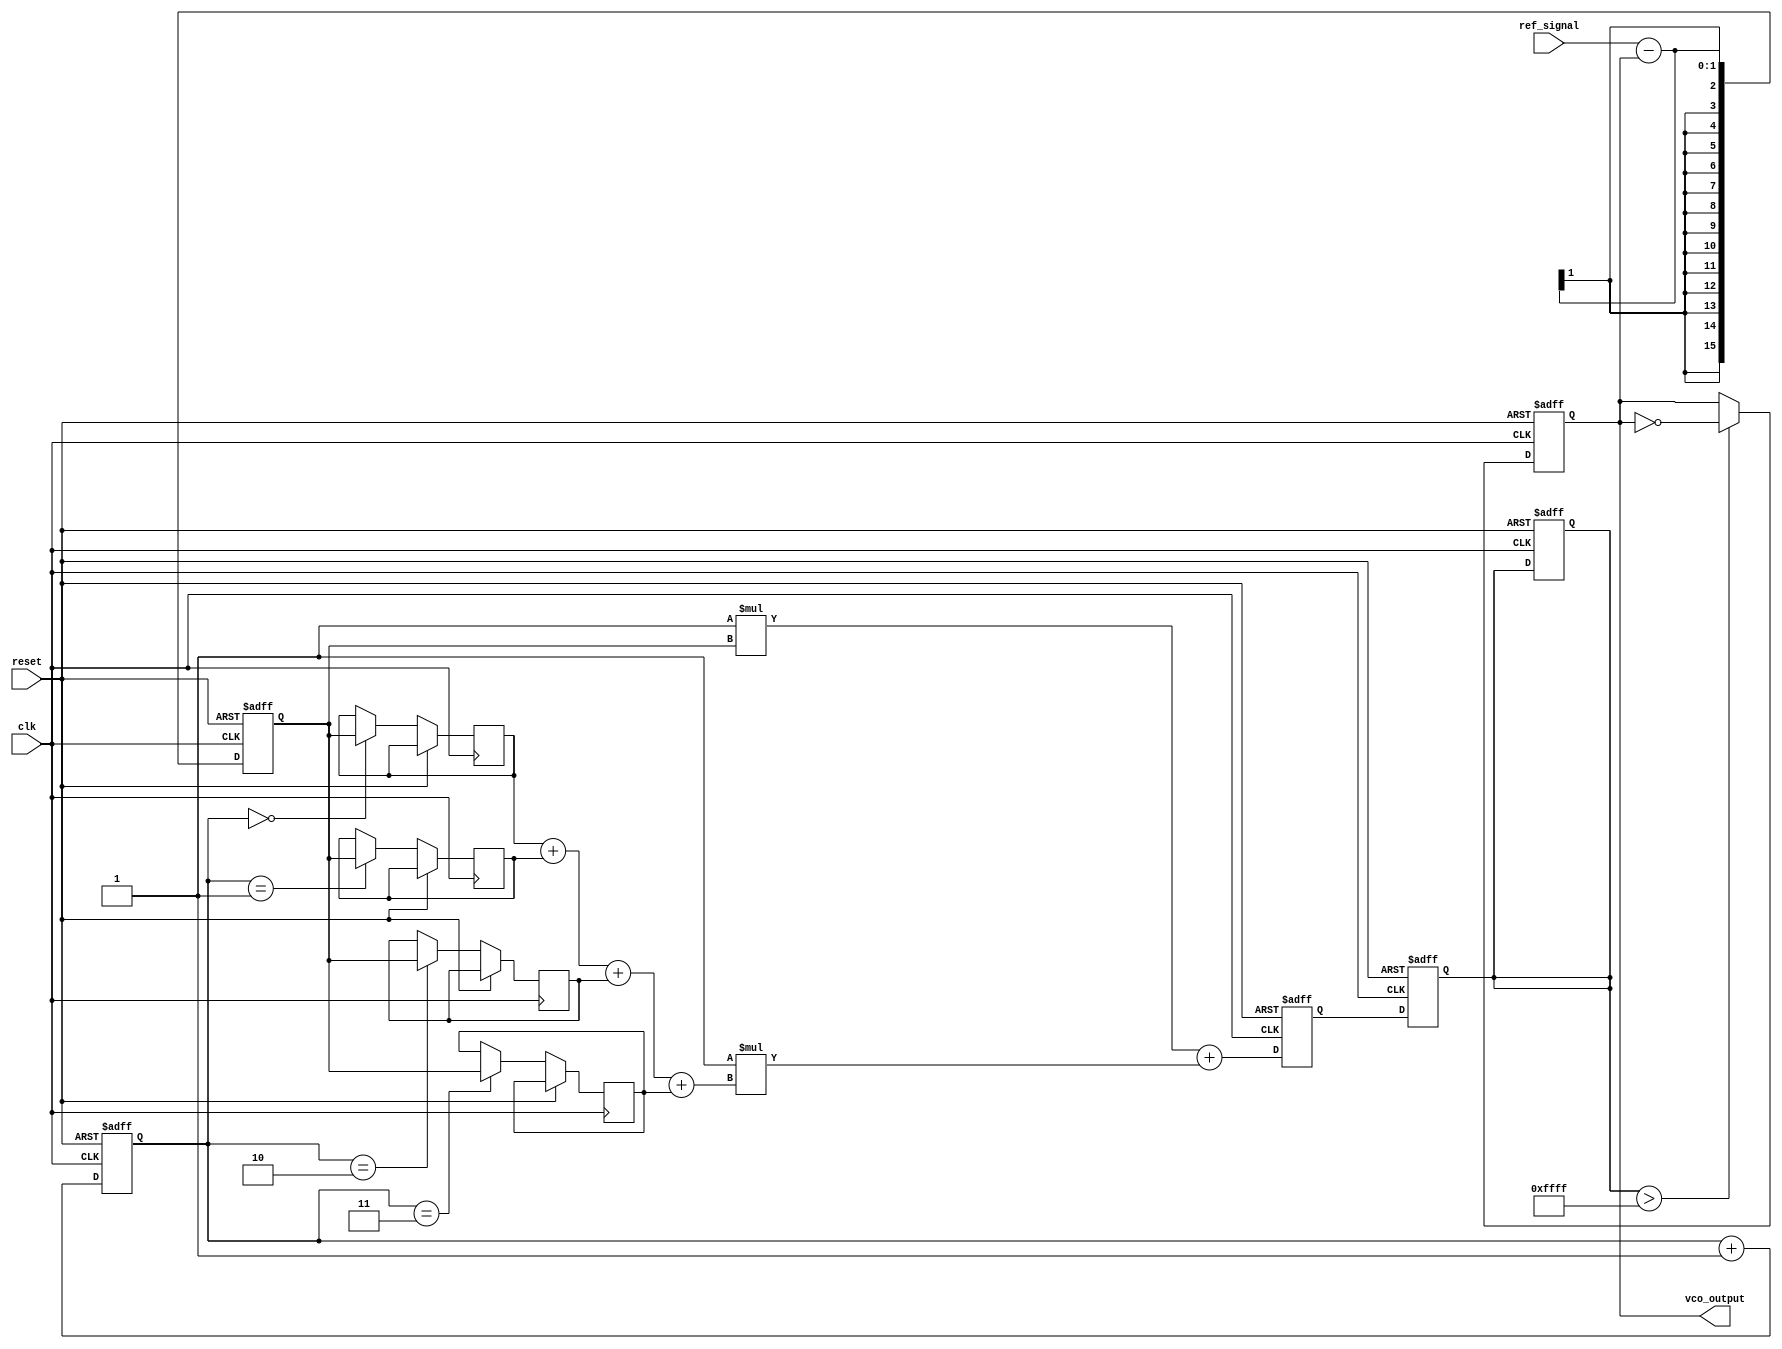
module discrete_time_PLL (
    input wire clk,                 // System clock
    input wire reset,               // Reset signal
    input wire ref_signal,          // Reference input signal
    output reg vco_output           // Output from the VCO
);

    // Parameters for the loop filter
    parameter integer FILTER_ORDER = 3;
    parameter [15:0] Kp = 16'h1;    // Proportional gain
    parameter [15:0] Ki = 16'h1;    // Integral gain
    parameter [15:0] NCO_MAX = 16'hFFFF; // Max frequency for VCO

    // Internal signals
    reg [15:0] phase_error;         // Phase error output from PD
    reg [15:0] control_voltage;      // Control voltage from loop filter
    reg [15:0] vco_frequency;        // Frequency value of the VCO
    reg [15:0] memory_block [0:3];   // Memory block for past phase errors
    reg [1:0] mem_index;            // Index for memory block

    // Phase Detector (PD)
    always @(posedge clk or posedge reset) begin
        if (reset) begin
            phase_error <= 16'h0;
        end else begin
            // Simple phase comparison (Assuming binary signals)
            phase_error <= {15'b0, ref_signal} - {15'b0, vco_output[0]};
        end
    end

    // Loop Filter (simple IIR filter for simplicity)
    always @(posedge clk or posedge reset) begin
        if (reset) begin
            control_voltage <= 16'h0;
            vco_frequency <= 16'h0;
            mem_index <= 2'b00;
        end else begin
            // Store previous phase errors
            memory_block[mem_index] <= phase_error;
            mem_index <= mem_index + 1;

            // Calculate control voltage using simple IIR filter
            control_voltage <= Kp * phase_error + Ki * (memory_block[0] + memory_block[1] + memory_block[2] + memory_block[3]);
        end
    end

    // Voltage-Controlled Oscillator (VCO)
    always @(posedge clk or posedge reset) begin
        if (reset) begin
            vco_frequency <= 16'b0;
            vco_output <= 1'b0;
        end else begin
            // Update VCO frequency based on control voltage
            vco_frequency <= control_voltage;
            // Generate output signal (simple toggle for demonstration)
            if (vco_frequency > NCO_MAX)
                vco_output <= ~vco_output;
        end
    end

endmodule